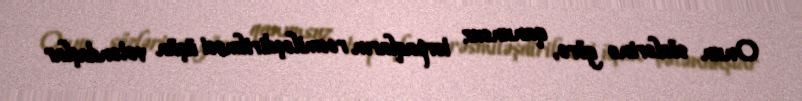
Onun sözlərinə görə, qanunsuz torpaqların rəsmiləşdirilməsi üçün vətəndaşlar